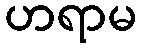
ဟရာမ